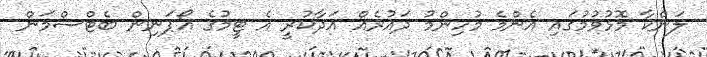
ލަންކާ މޮޅުވުމުގައި އެންމެ މުހިންމު ދައުރެއް އަދާކުރީ އެ ޓީމުގެ އޯޕަނިން ބެޓްސްމަން